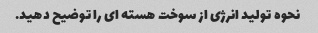
نحوه تولید انرژی از سوخت هسته ای را توضیح دهید.